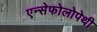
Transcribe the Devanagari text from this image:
एन्सेफोलोपेथी